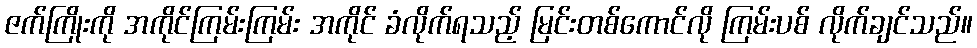
ဇက်ကြိုးကို အကိုင်ကြမ်းကြမ်း အကိုင် ခံလိုက်ရသည့် မြင်းတစ်ကောင်လို ကြမ်းပစ် လိုက်ချင်သည်။